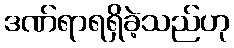
ဒဏ်ရာရရှိခဲ့သည်ဟု